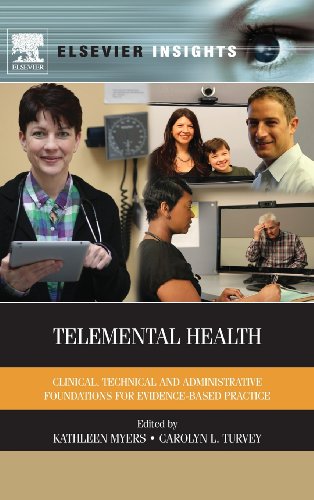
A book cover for Telemental Health: Clinical, Technical, and Administrative Foundations for Evidence-Based Practice (Elsevier Insights); Law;